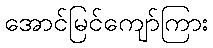
အောင်မြင်ကျော်ကြား